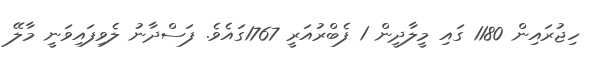
ހިޖުރައިން 1180 ގައި މީލާދީން 1 ފެބްރުއަރީ 1767ގައެވެ. ފަސްދާނު ލެވިފައިވަނީ މާލޭ